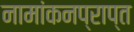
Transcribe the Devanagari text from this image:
नामांकनप्राप्त